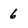
Character: 6